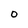
Character: O